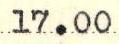
17.00